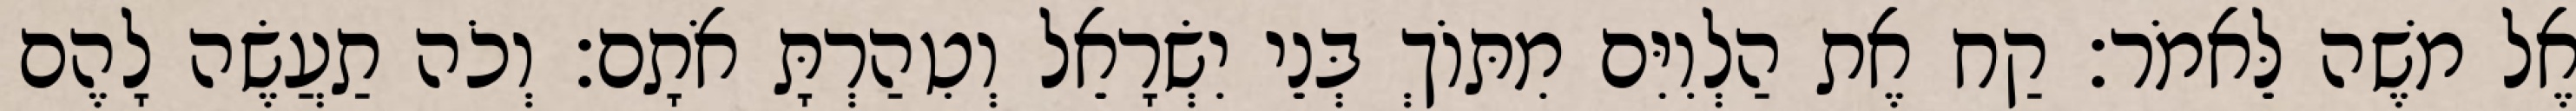
אֶל משֶׁה לֵּאמֹר׃ קַח אֶת הַלְוִיִּם מִתּוֹךְ בְּנֵי יִשְׂרָאֵל וְטִהַרְתָּ אֹתָם׃ וְכֹה תַעֲשֶׂה לָהֶם